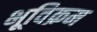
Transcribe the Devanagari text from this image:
भूविक्रम